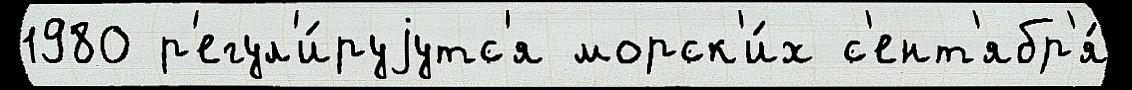
1980 р'егул'и́руjутс'я морск'и́х с'ент'ябр'я́